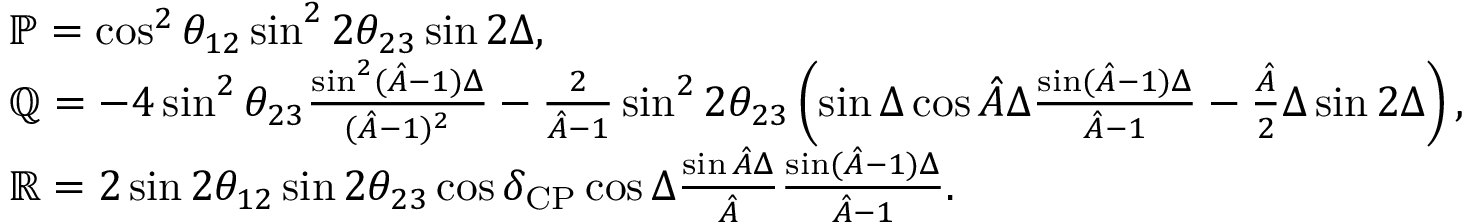
\begin{array} { r l } & { \mathbb { P } = \cos ^ { 2 } \theta _ { 1 2 } \sin ^ { 2 } 2 \theta _ { 2 3 } \sin 2 \Delta , } \\ & { \mathbb { Q } = - 4 \sin ^ { 2 } \theta _ { 2 3 } \frac { \sin ^ { 2 } ( \hat { A } - 1 ) \Delta } { ( \hat { A } - 1 ) ^ { 2 } } - \frac { 2 } { \hat { A } - 1 } \sin ^ { 2 } 2 \ensuremath { \theta _ { 2 3 } } \left( \sin \Delta \cos \hat { A } \Delta \frac { \sin ( \hat { A } - 1 ) \Delta } { \hat { A } - 1 } - \frac { \hat { A } } { 2 } \Delta \sin 2 \Delta \right) , } \\ & { \mathbb { R } = 2 \sin 2 \theta _ { 1 2 } \sin 2 \theta _ { 2 3 } \cos \delta _ { \mathrm { C P } } \cos \Delta \frac { \sin \hat { A } \Delta } { \hat { A } } \frac { \sin ( \hat { A } - 1 ) \Delta } { \hat { A } - 1 } . } \end{array}